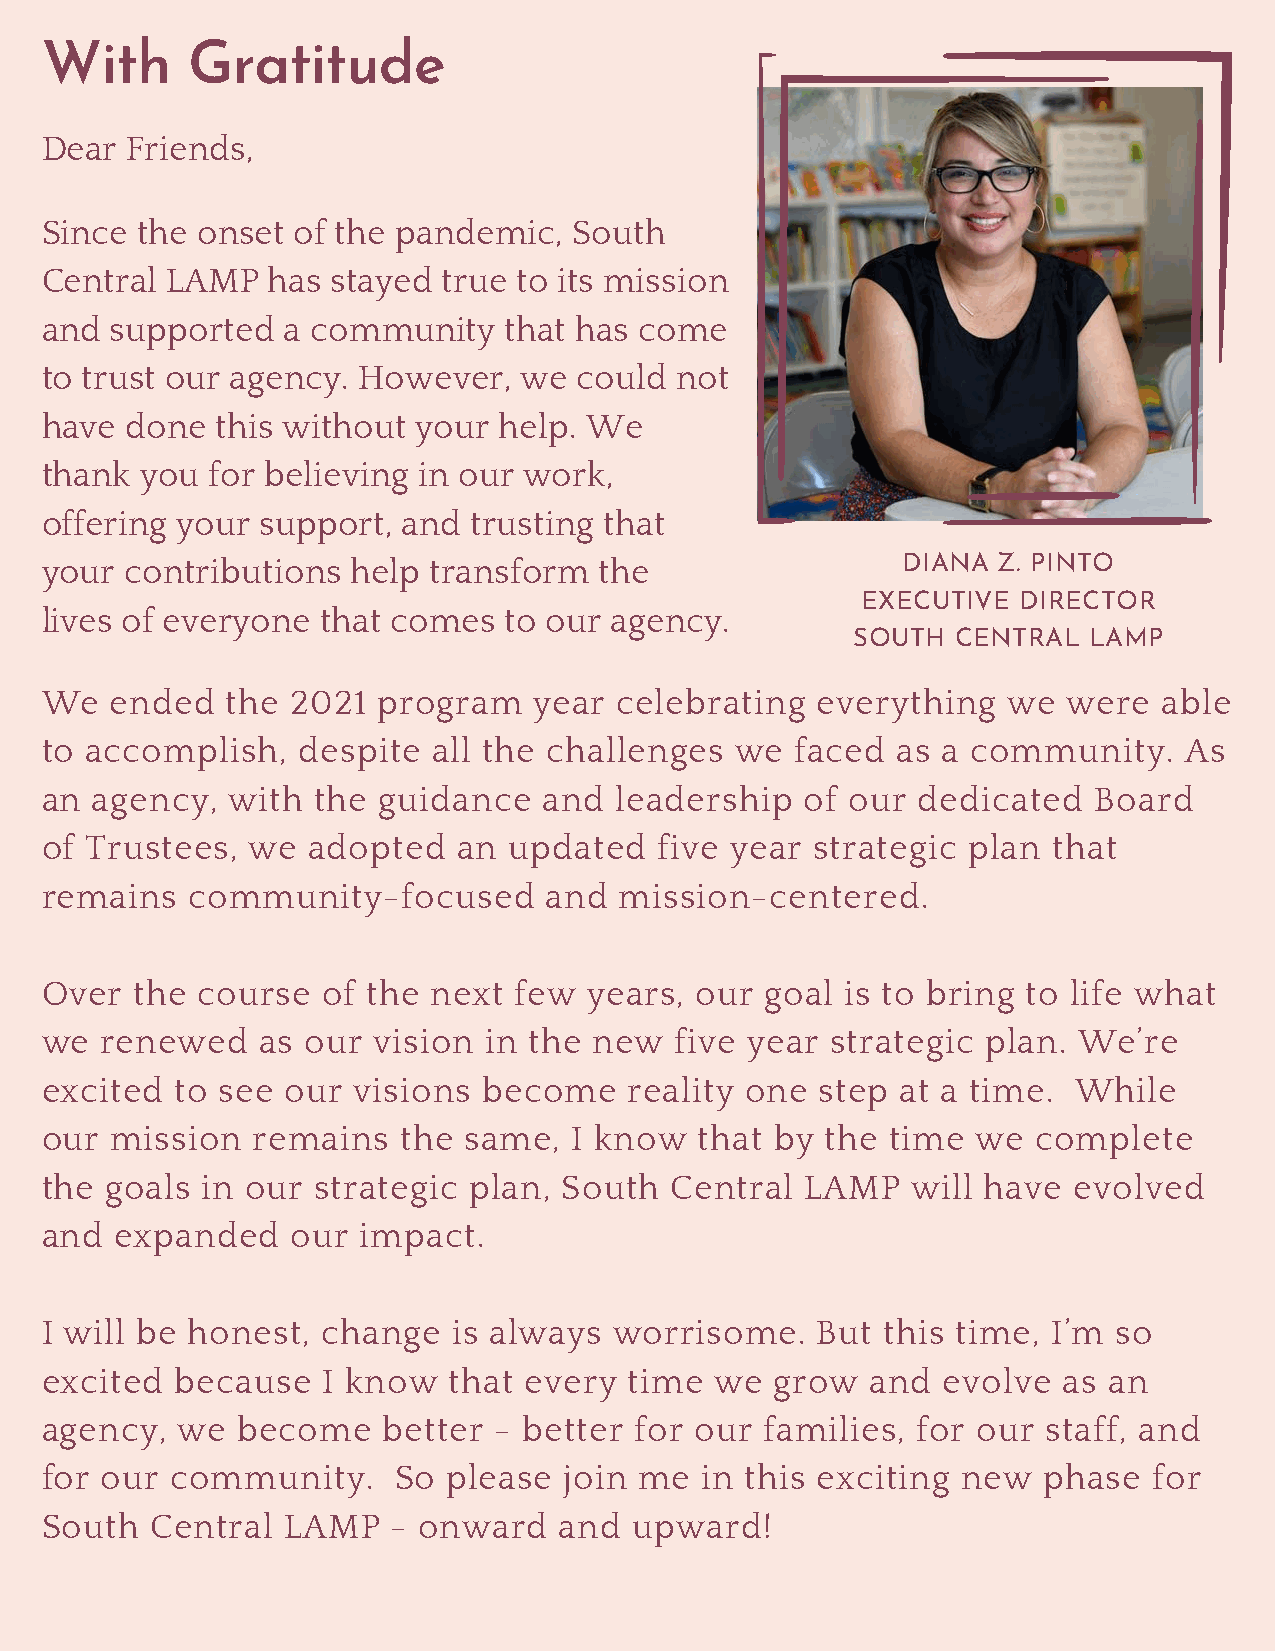
With     Gratitude
 Dear Friends,
 Since the onset of the pandemic,   South
 Central LAMP   has stayed true to its mission
 and supported   a community   that has come
 to trust our agency. However,  we  could  not
 have done  this without  your help. We
 thank you  for believing in our work,
 offering your support,  and trusting that
 your contributions  help transform   the                 DIANA Z. PINTO
 EXECUTIVE DIRECTOR
 lives of everyone that comes  to our agency.
 SOUTH  CENTRAL  LAMP
 We  ended   the 2021  program   year  celebrating  everything   we  were  able
 to accomplish,   despite  all the challenges  we  faced as a community.    As
 an agency,  with  the guidance   and  leadership  of our  dedicated  Board
 of Trustees,  we adopted   an  updated   five year strategic plan  that
 remains   community-focused      and  mission-centered.
 Over  the course  of the  next few  years, our  goal is to bring to life what
 we  renewed   as our  vision in the new   five year strategic plan. We’re
 excited  to see our visions  become    reality one step  at a time. While
 our mission   remains   the same,  I know  that by  the time  we  complete
 the goals in our  strategic plan, South  Central  LAMP   will have  evolved
 and  expanded   our  impact.
 I will be honest, change   is always  worrisome.   But  this time, I’m so
 excited  because  I know   that every  time we  grow   and evolve  as an
 agency,  we  become   better  - better for our  families, for our staff, and
 for our community.     So  please join me  in this exciting  new  phase  for
 South  Central  LAMP   - onward   and  upward!